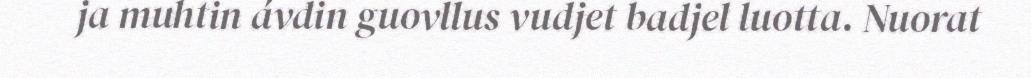
ja muhtin ávdin guovllus vudjet badjel luotta. Nuorat